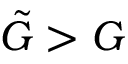
\tilde { G } > G